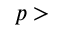
p >